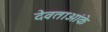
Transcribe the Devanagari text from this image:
देवताओंके